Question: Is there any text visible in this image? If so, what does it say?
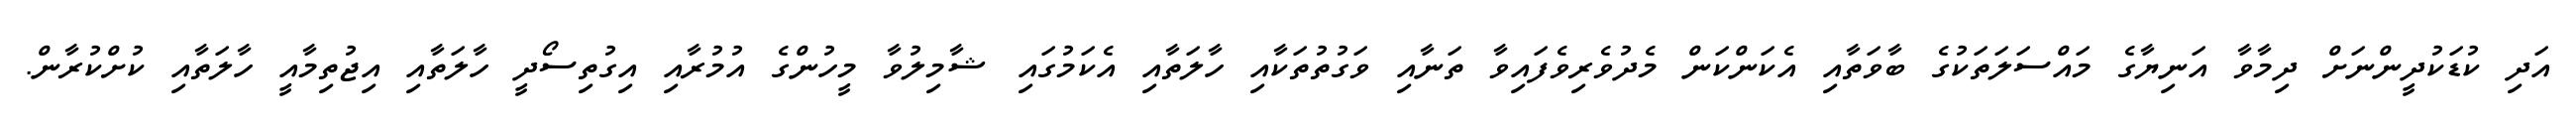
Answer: އަދި ކުޑަކުދީންނަށް ދިމާވާ އަނިޔާގެ މައްސަލަތަކުގެ ބާވަތާއި އެކަންކަން މެދުވެރިވެފައިވާ ތަނާއި ވަގުތުތަކާއި ހާލަތާއި އެކަމުގައި ޝާމިލުވާ މީހުންގެ އުމުރާއި އިގުތިސޯދީ ހާލަތާއި އިޖުތިމާއީ ހާލަތާއި ކުށްކުރާން.